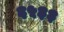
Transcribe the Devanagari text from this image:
६५३३